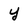
Character: y